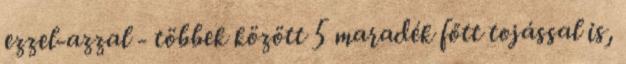
ezzel-azzal - többek között 5 maradék főtt tojással is,